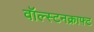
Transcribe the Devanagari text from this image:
वॉल्स्टनक्राफ्ट